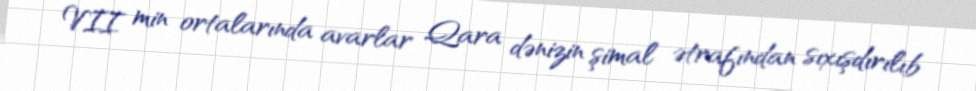
VII min ortalarında avarlar Qara dənizin şimal ətrafından sıxışdırılıb